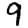
Digit: 9